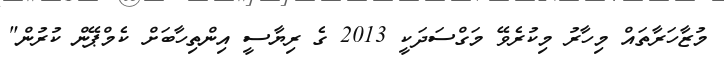
މުޒާހަރާތައް މިހާރު މިކުރެވޭ މަގްސަދަކީ 2013 ގެ ރިޔާސީ އިންތިހާބަށް ކެމްޕޭން ކުރުން"